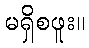
မရှိစဖူး။